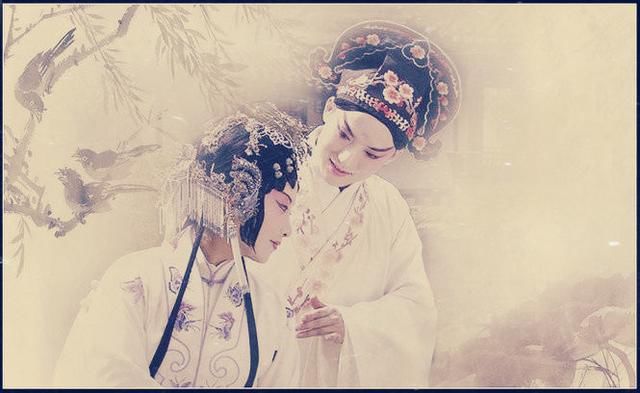
虽使鬼神请亡，此犹可以合欢聚众，取亲于乡里。